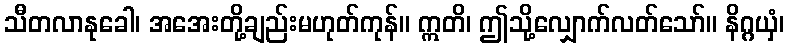
သီတလာနုခေါ၊ အအေးတို့ချည်းမဟုတ်ကုန်။ ဣတိ၊ ဤသို့လျှောက်လတ်သော်။ နိဂ္ဂယှံ၊